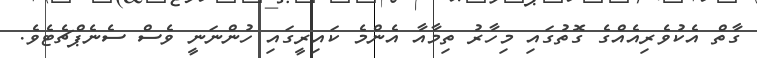
ގާތް އެކުވެރިއެއްގެ ގޮތުގައި މިހާރު ތިމާއާ އެންމެ ކައިރީގައި ހުންނަނީ ވެސް ސެނެޕްޗެޓެވެ.